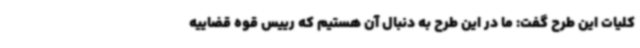
کلیات این طرح گفت: ما در این طرح به دنبال آن هستیم که رییس قوه قضاییه